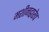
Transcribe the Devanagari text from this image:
मशीनद्वारेच